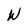
Character: W